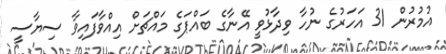
އުމުރުން 31 އަހަރުގެ ނުހާ ވިދާޅުވީ އޭނާގެ ބައްޕަގެ މައްޗަށް އިއްވާފައިވާ ސިޔާސީ